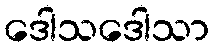
ဒေါသဒေါသာ